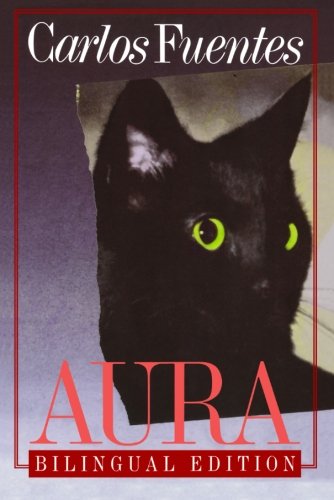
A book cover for Aura (English and Spanish Edition); Carlos Fuentes; Science Fiction & Fantasy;